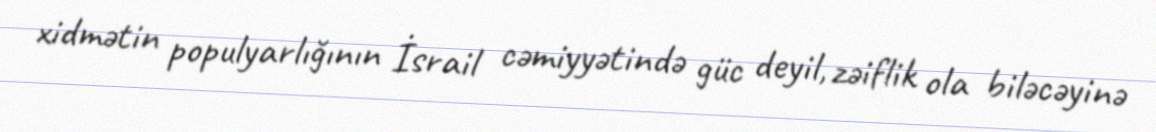
xidmətin populyarlığının İsrail cəmiyyətində güc deyil, zəiflik ola biləcəyinə